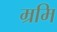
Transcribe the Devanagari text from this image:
म्रमि